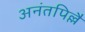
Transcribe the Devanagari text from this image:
अनंतपिल्लै